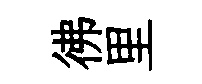
彿里